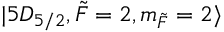
\lvert 5 D _ { 5 / 2 } , \Tilde { F } = 2 , m _ { \Tilde { F } } = 2 \rangle